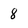
Character: 8